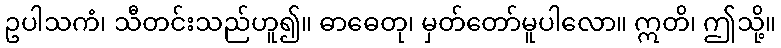
ဥပါသကံ၊ သီတင်းသည်ဟူ၍။ ဓာဓေတု၊ မှတ်တော်မူပါလော။ ဣတိ၊ ဤသို့။